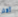
أكثر